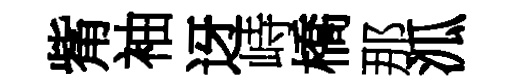
觜袖迓峙橋那泒